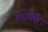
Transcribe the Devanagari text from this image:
इनकिइ